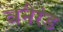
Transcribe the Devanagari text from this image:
वनैरंड